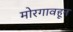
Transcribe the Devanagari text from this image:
मोरगावहून